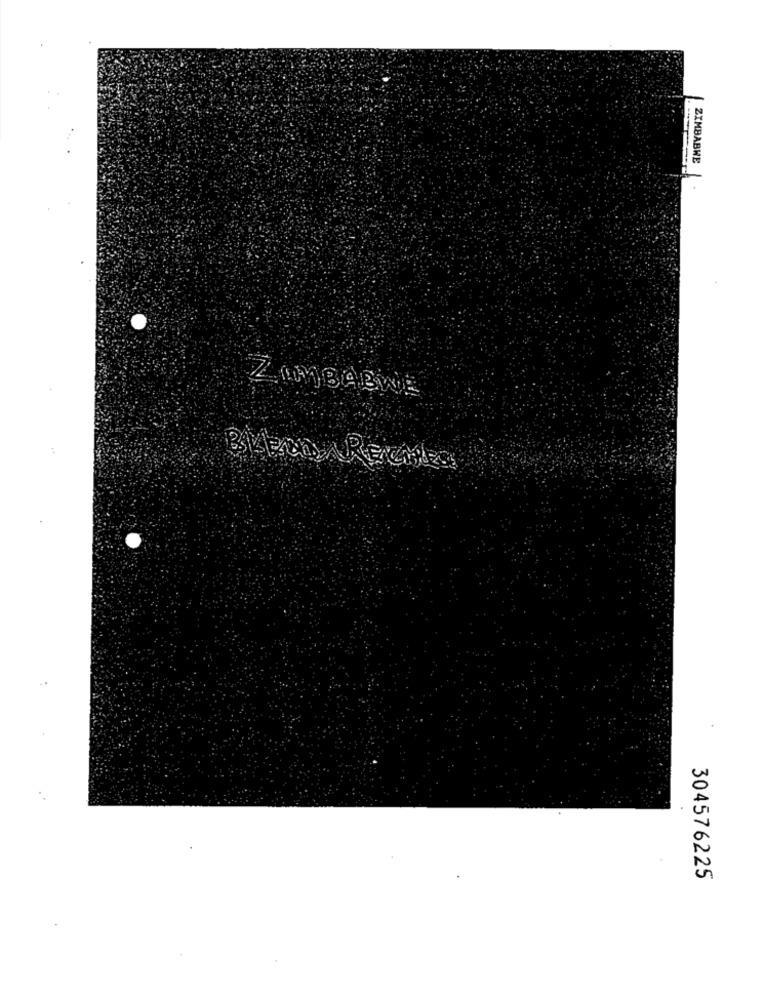
ZIMBABWE
ZIMBABWE
304576225